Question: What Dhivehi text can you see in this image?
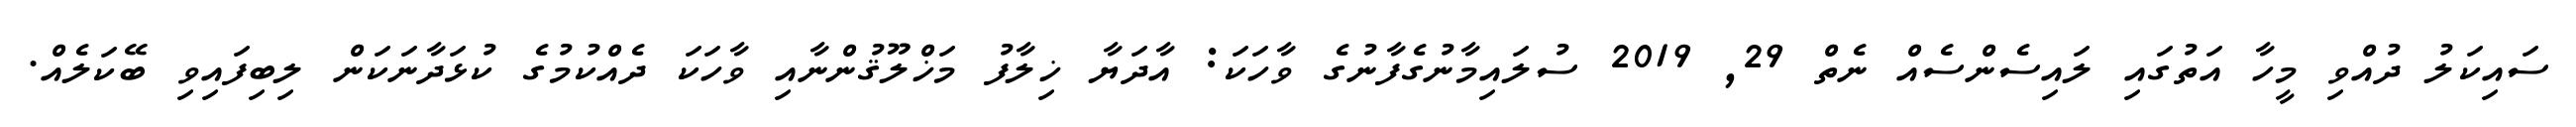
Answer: ސައިކަލު ދުއްވި މީހާ އަތުގައި ލައިސެންސެއް ނެތް 29, 2019 ސުލައިމާނުގެފާނުގެ ވާހަކަ: އާދަޔާ ޚިލާފު މަޚްލޫޤުންނާއި ވާހަކަ ދެއްކުމުގެ ކުޅަދާނަކަން ލިބިފައިވި ބޭކަލެއް.